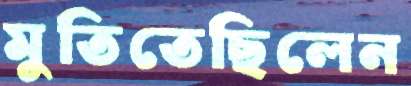
মুতিতেছিলেন